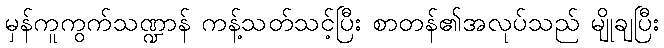
မှန်ကူကွက်သဏ္ဍာန် ကန့်သတ်သင့်ပြီး စာတန်၏အလုပ်သည် မျိုချပြီး